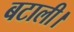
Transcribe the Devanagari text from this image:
बटाली।